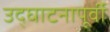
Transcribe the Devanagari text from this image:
उद्‌घाटनापूर्वी